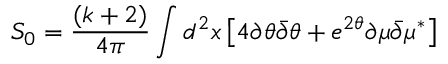
S _ { 0 } = \frac { ( k + 2 ) } { 4 \pi } \int d ^ { 2 } x \left[ 4 \partial \theta { \bar { \partial } } \theta + e ^ { 2 \theta } \partial \mu { \bar { \partial } } \mu ^ { \ast } \right]